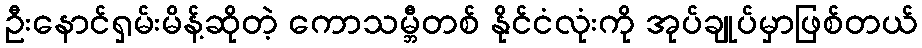
ဦးနောင်ရှမ်းမိန့်ဆိုတဲ့ ကောသမ္ဘီတစ် နိုင်ငံလုံးကို အုပ်ချုပ်မှာဖြစ်တယ်